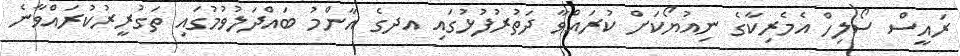
ރައީސް ސޯލިހް އެމެރިކާގެ ނިއުޔޯކަށް ކުރައްވާ ދަތުރުފުޅުގައި އދގެ އާންމު ބައްދަލުވުމުގައި ތަގުރީރުކުރައްވާނެ